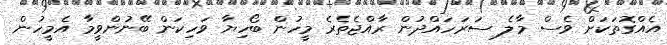
އެއްގޮތަކަށް ވެސް މާލެ ސަރަހައްދުން ރާއްޖެތެރެ މީހުން ބޯހިޔާ ވަހިކަން ބޭނުންވީމާ އެމީހުން